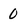
Character: 0